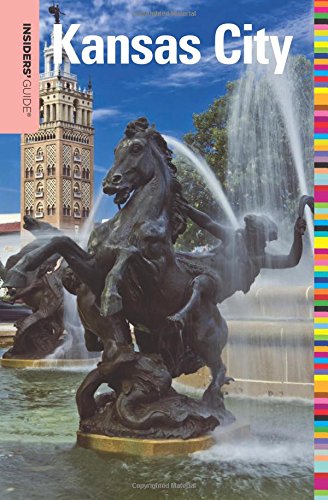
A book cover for Insiders' GuideÂ® to Kansas City (Insiders' Guide Series); Katie Van Luchene; Travel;